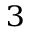
^ 3